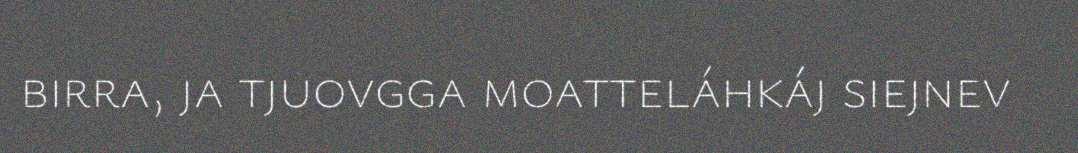
birra, ja tjuovgga moatteláhkáj siejnev